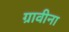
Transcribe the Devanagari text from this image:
ग्रावीना